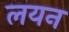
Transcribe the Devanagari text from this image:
लयन